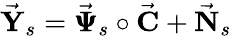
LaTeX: \vec{\mathbf Y}_{s}=\vec{\pmb{{\Psi}}}_{s}\circ\vec{\mathbf C}+\vec{\mathbf N}_{s}